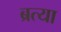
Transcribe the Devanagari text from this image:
ब्रत्या